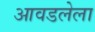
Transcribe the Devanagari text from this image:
आवडलेला